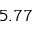
5 . 7 7